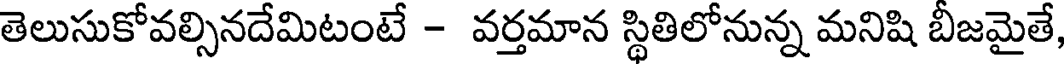
తెలుసుకోవల్సినదేమిటంటే - వర్తమాన స్థితిలోనున్న మనిషి బీజమైతే,